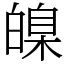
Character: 𤾚